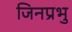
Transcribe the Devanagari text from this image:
जिनप्रभु